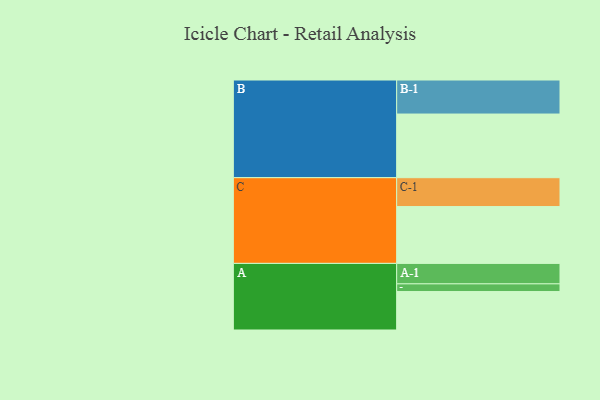
{"axis": {"x": "Segment", "y": "Value"}, "legend": ["", "A", "B", "C"], "data": [{"x": "A", "y": 314, "type": ""}, {"x": "B", "y": 520, "type": ""}, {"x": "C", "y": 464, "type": ""}, {"x": "A-1", "y": 167, "type": "A"}, {"x": "A-2", "y": 63, "type": "A"}, {"x": "B-1", "y": 278, "type": "B"}, {"x": "C-1", "y": 236, "type": "C"}]}